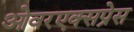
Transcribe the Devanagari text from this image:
ओवरएक्सप्रेस